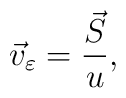
\vec{v}_\varepsilon = \frac{\vec{S}}{u} ,